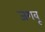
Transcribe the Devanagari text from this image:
जगवू